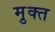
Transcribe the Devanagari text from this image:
मु़क्त